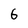
Character: 6